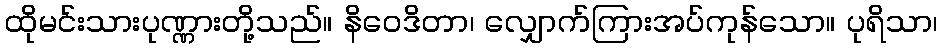
ထိုမင်းသားပုဏ္ဏားတို့သည်။ နိဝေဒိတာ၊ လျှောက်ကြားအပ်ကုန်သော။ ပုရိသာ၊